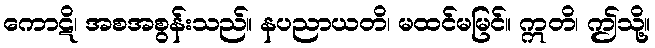
ကောဋိ၊ အစအစွန်းသည်။ နပညာယတိ၊ မထင်မမြင်။ ဣတိ၊ ဤသို့။